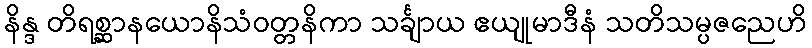
နိန္ဒ တိရစ္ဆာနယောနိသံဝတ္တနိကာ သင်္ချာယ ဧယျုမာဒီနံ သတိသမ္ပဇညေဟိ